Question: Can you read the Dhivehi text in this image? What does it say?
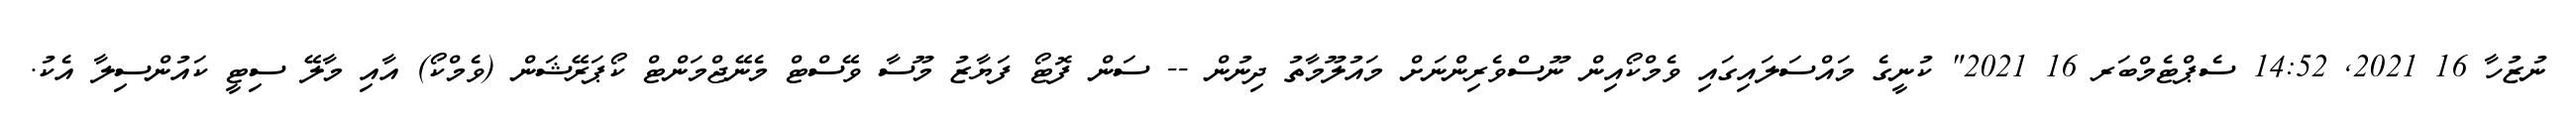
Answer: ނުޒުހާ 16 2021, 14:52 ސެޕްޓެމްބަރ 16 2021" ކުނީގެ މައްސަލައިގައި ވެމްކޯއިން ނޫސްވެރިންނަށް މައުލޫމާތު ދިނުން -- ސަން ފޮޓޯ ފަޔާޒު މޫސާ ވޭސްޓް މެނޭޖްމަންޓް ކޯޕަރޭޝަން (ވެމްކޯ) އާއި މާލޭ ސިޓީ ކައުންސިލާ އެކު.